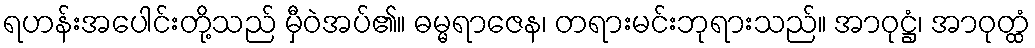
ရဟန်းအပေါင်းတို့သည် မှီဝဲအပ်၏။ ဓမ္မရာဇေန၊ တရားမင်းဘုရားသည်။ အာဝုဋ္ဌံ၊ အာဝုတ္ထံ